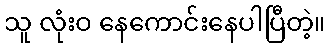
သူ လုံးဝ နေကောင်းနေပါပြီတဲ့။